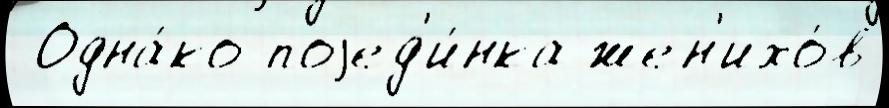
 Одна́ко поjед'и́нка жен'ихо́в